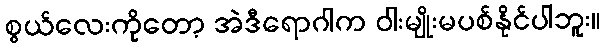
စွယ်လေးကိုတော့ အဲဒီရောဂါက ဝါးမျိုးမပစ်နိုင်ပါဘူး။